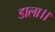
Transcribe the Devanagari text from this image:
डाला।।